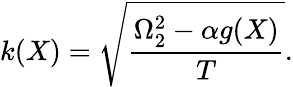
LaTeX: k(X)=\sqrt{\frac{\Omega_{2}^{2}-\alpha g(X)}{T}}.